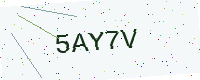
Text: 5AY7V